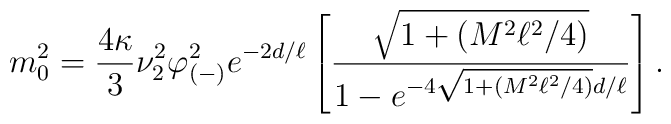
m_0^2={4\kappa\over 3}\nu_2^2\varphi_{(-)}^2 e^{-2d/\ell}\left[{\sqrt{1+(M^2\ell^2/4)}\over   1-e^{-4\sqrt{1+(M^2\ell^2/4)} d/\ell}}\right].